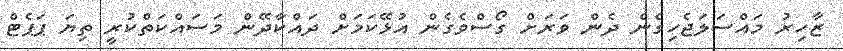
ޒާހިރު މައްސަލަޖެހިގެން ދެން ވަރަށް ގޯސްވެގެން އުޅޭކަމަށް ދައްކާދޭން މަސައްކަތްކުރީ ތިޔަ ޕަޕެޓް